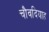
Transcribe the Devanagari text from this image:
चौवदियाह